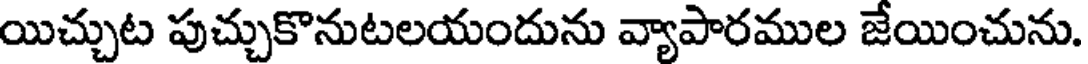
యిచ్చుట పుచ్చుకొనుటలయందును వ్యాపారముల జేయించును